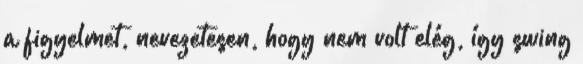
a figyelmet, nevezetesen, hogy nem volt elég, így swing